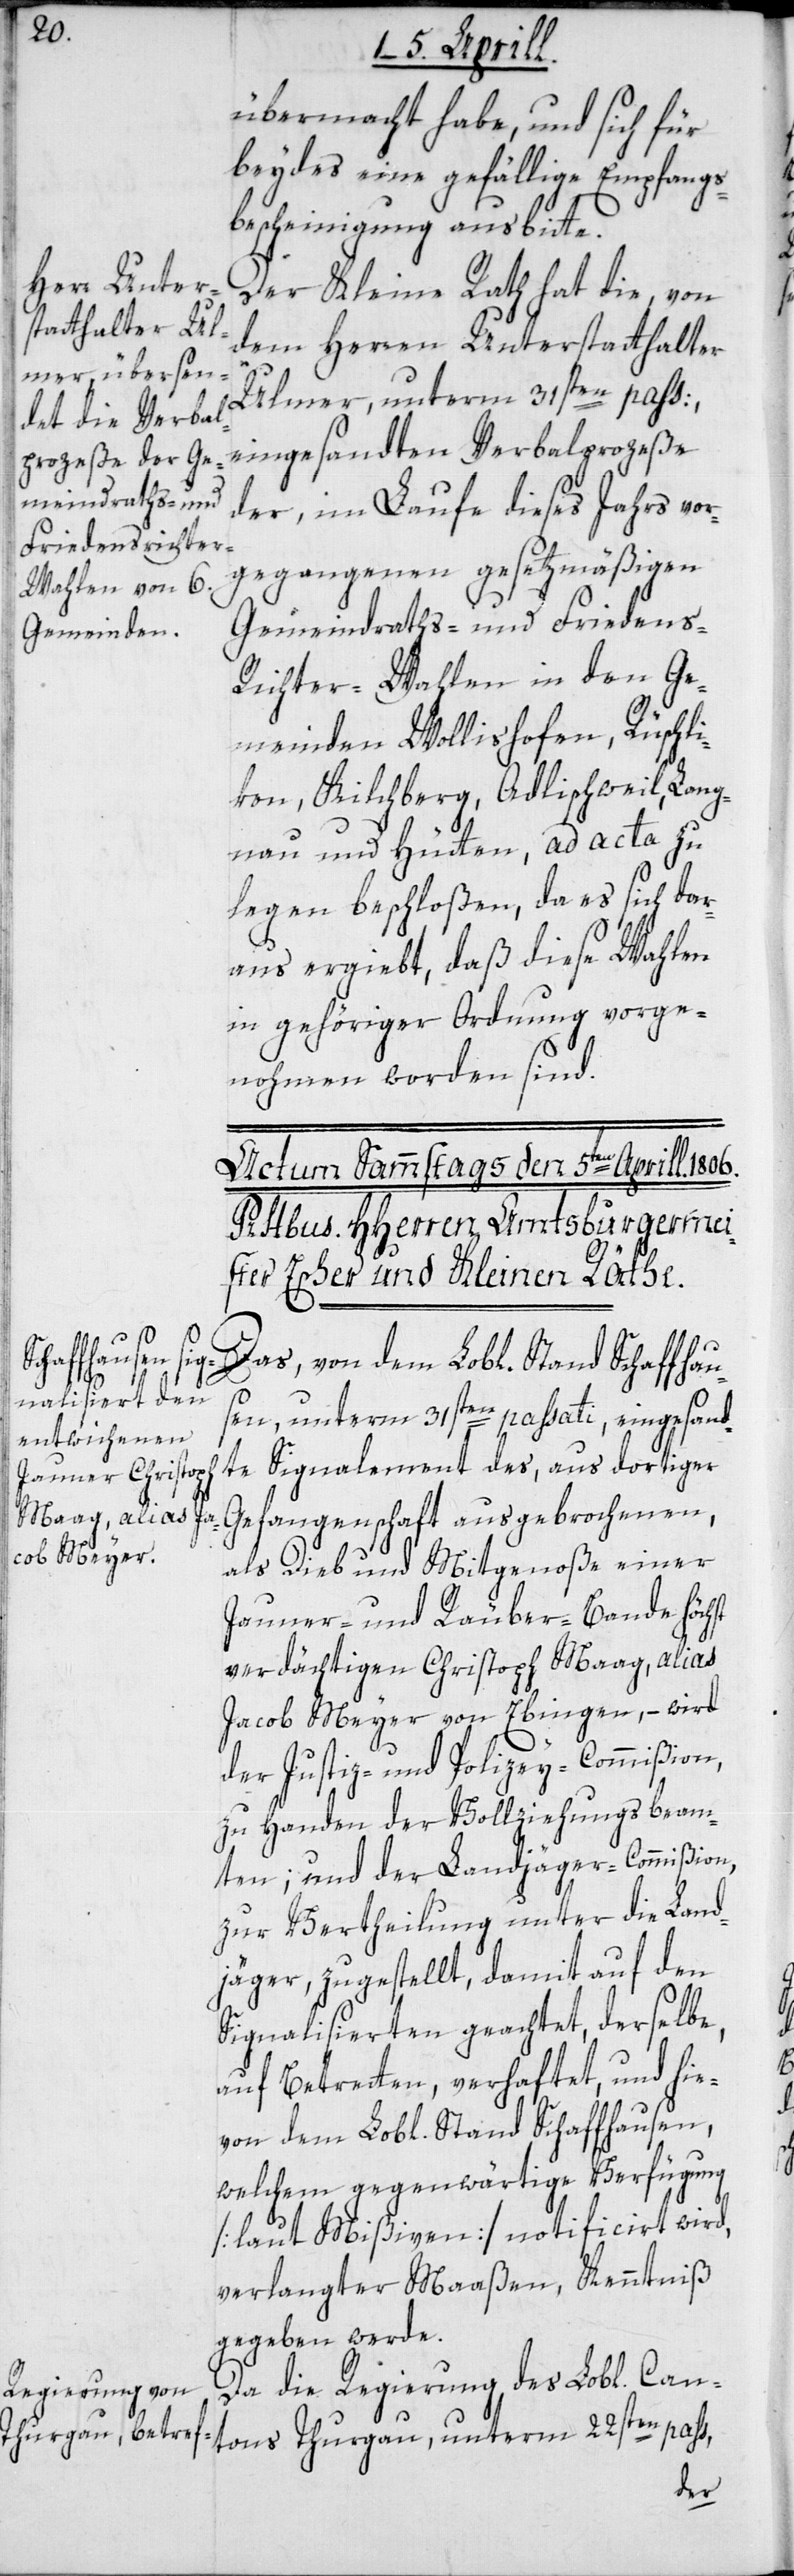
übermacht habe, und sich für
beydes eine gefällige Empfangs¬
bescheinigung ausbitte.
Der Kleine Rath hat die, von
dem Herren Unterstatthalter
Ulmer, unterm 31sten pass.,
eingesandten Verbalprozeße
der, im Laufe dieses Jahrs vor¬
gegangenen gesetzmäßigen
Gemeindraths- und Friedens¬
richter-Wahlen in den Ge¬
meinden Wollishofen, Rüschli¬
kon, Kilchberg, Adlischweil, Lang¬
nau und Hütten, ad acta zu
legen beschloßen, da es sich dar¬
aus ergiebt, daß diese Wahlen
in gehöriger Ordnung vorge¬
nohmen worden sind.
Das von dem Lobl. Stand Schaffhau¬
sen, unterm 31sten passati, eingesand¬
te Signalement des, aus dortiger
Gefangenschaft ausgebrochenen,
als Dieb und Mitgenoße einer
Jauner- und Räuber-Bande höchst
verdächtigen Christoph Maag, alias
Jacob Meyer von Ebingen, – wird
der Justiz- und Polizey-Commißion
zu Handen der Vollziehungsbeam¬
ten; und der Landjäger-Commißion,
zur Vertheilung unter die Land¬
jäger, zugestellt, damit auf den
Signalisierten geachtet, derselbe,
auf Betretten verhaftet, und hie¬
von dem Lobl. Stand Schaffhausen,
welchem gegenwärtige Verfügung
[laut Mißiven] notificirt wird,
verlangter Maaßen, Kenntniß
gegeben werde.
Da die Regierung des Lobl. Can¬
tons Thurgau, unterm 22sten pass,